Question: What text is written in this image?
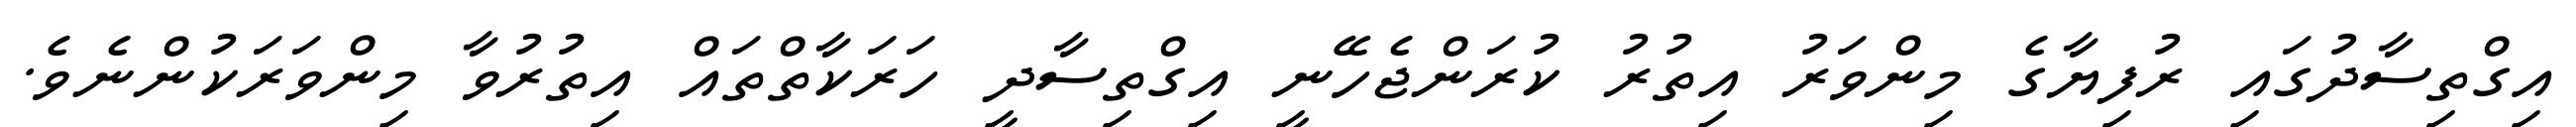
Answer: އިގްތިސާދުގައި ރުފިޔާގެ މިންވަރު އިތުރު ކުރަންޖެހޭނީ އިގްތިސާދީ ހަރަކާތްތައް އިތުރުވާ މިންވަރަކުންނެވެ.